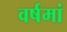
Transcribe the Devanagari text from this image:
वर्षमां